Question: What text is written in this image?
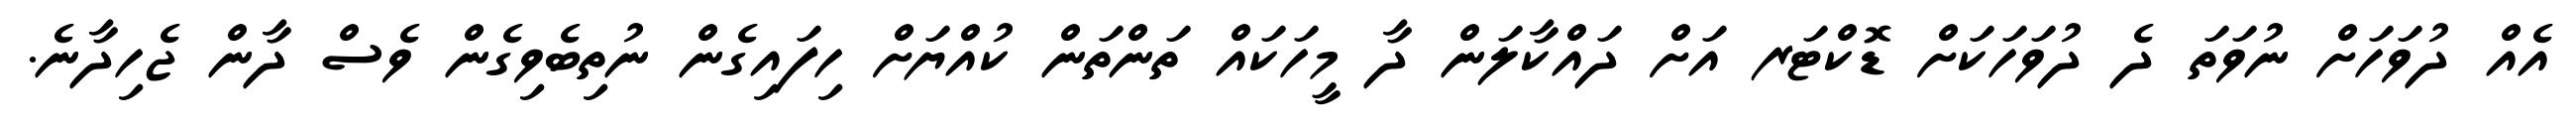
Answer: އެއް ދުވަހަށް ނުވަތަ ދެ ދުވަހަކަށް ޑޮކްޓަރ އަށް ދައްކާލަން ދާ މީހަކައް ތަންތަން ކުއްޔަށް ހިފައިގެން ނުތިބެވިގެން ވެސް ދާން ޖެހިދާނެ.